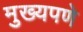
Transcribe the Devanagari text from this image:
मुख्यपणे